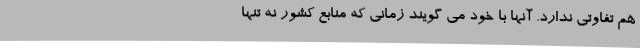
هم تفاوتي ندارد. آنها با خود می گویند زمانی که منابع کشور نه تنها